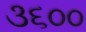
૩૬૦૦